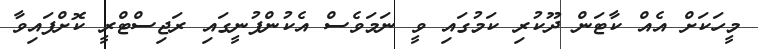
މީހަކަށް އެއް ކާޓަން ދޫކުރި ކަމުގައި ވީ ނަމަވެސް އެކުންފުނީގައި ރަޖިސްޓްރީ ކޮށްފައިވާ